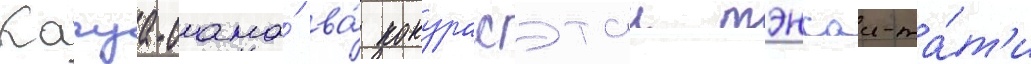
Кагуа-сама́ ва́ кокурасэтаи тэнсаи-та́т'и